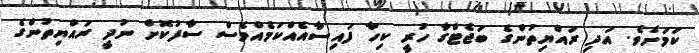
ކަމަށެވެ. އަދި ރައްޔިތުންގެ ބަޖެޓްގާ ހުރީ ކިހާ ފައިސާއެއްކަމެއްވެސް ސާފުކޮށް ނުދީ ރައްޔިތުންގެ